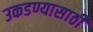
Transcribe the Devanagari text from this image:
उकडण्यासाठी